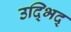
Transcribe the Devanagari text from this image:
उद्भिद्